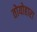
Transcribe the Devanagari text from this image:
तोयोहारा